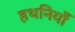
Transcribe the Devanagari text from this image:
हथनियाँ